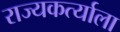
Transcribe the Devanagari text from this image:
राज्यकर्त्याला